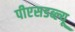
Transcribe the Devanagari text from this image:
पीएसडब्ल्यू